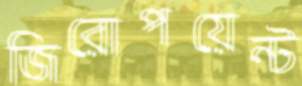
জিরোপয়েন্ট